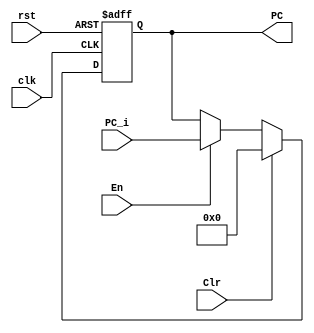
module PC_Register (clk,rst,En,Clr,PC_i,PC);

	input clk, rst;
	input En, Clr;
	input[31:0] PC_i;

	output[31:0] PC;
		reg[31:0] PC;

	always @(posedge clk or negedge rst)
	begin
		if(!rst)
			PC <= 32'd0;
		else
			if(Clr)
				PC <= 32'd0;
			else if(En)
				PC <= PC_i;
	end

endmodule